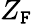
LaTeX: Z_{\mathtt{F}}